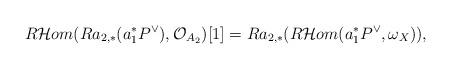
LaTeX: \begin{align*}R\mathcal{H}om(Ra_{2,*}(a_1^*P^{\vee}),\mathcal{O}_{A_2})[1]=Ra_{2,*}(R\mathcal{H}om(a_1^*P^{\vee},\omega_X)),\end{align*}